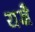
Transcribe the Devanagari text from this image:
यज्ञै